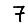
Digit: 7